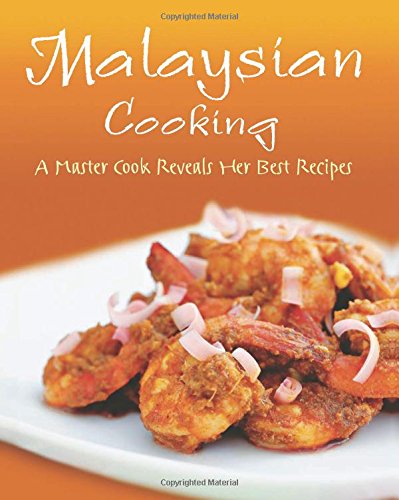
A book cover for Malaysian Cooking: A Master Cook Reveals Her Best Recipes [Malaysian Cookbook, Over 60 Recipes]; Carol Selvarajah; Cookbooks, Food & Wine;